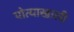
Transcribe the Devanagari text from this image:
पोत्याखाली